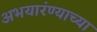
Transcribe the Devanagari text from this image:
अभयारंण्याच्या